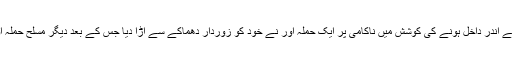
افغان میڈیا کے مطابق علی الصبح دارالحکومت کابل میں واقع سکھوں کی عبادت گاہ کے اندر داخل ہونے کی کوشش میں ناکامی پر ایک حملہ آور نے خود کو زوردار دھماکے سے اُڑا دیا جس کے بعد دیگر مسلح حملہ آور گوردوارے کے اندر داخل ہونے میں کامیاب ہوگئے اور شہریوں کو یرغمال بنالیا۔